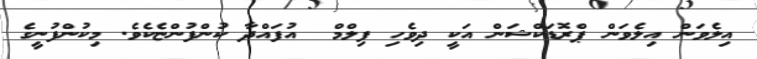
އިލެވަން އިލެވަން ޕްރޮޑަކްޝަން އަކީ ދިވެހި ފިލްމް  އުފައްދާ ކުންފުންޏެކެވެ. މިކުންފުނީގެ